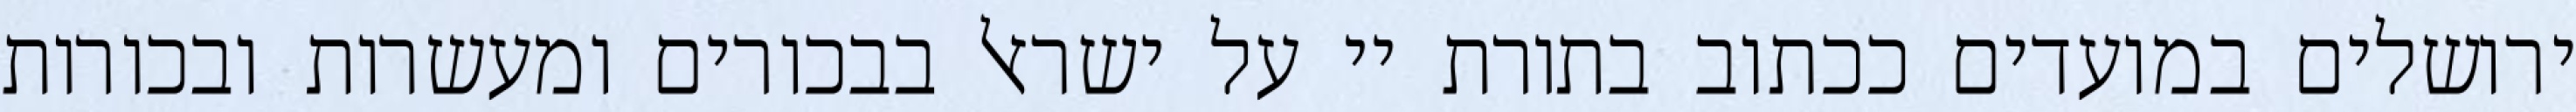
ירושלים במועדים ככתוב בתורת יי על ישראל בבכורים ומעשרות ובכורות